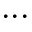
. . .